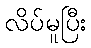
လိပ်မူပြီး